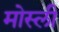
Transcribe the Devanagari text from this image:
मोस्ली